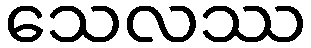
သေလဿ